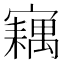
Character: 𡫢